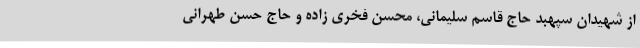
از شهیدان سپهبد حاج قاسم سلیمانی، محسن فخری زاده و حاج حسن طهرانی